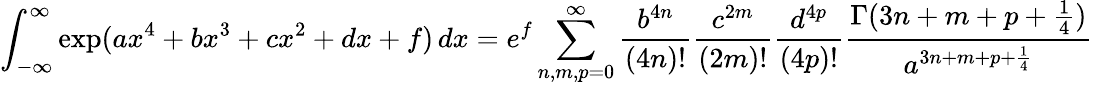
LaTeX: \int_{-\infty}^{\infty}\exp({ax^{4}+bx^{3}+cx^{2}+dx+f})\, dx=e^{f}\sum_{n,m,p=0}^{\infty}{\frac{b^{4n}}{(4n)!}}{\frac{c^{2m}}{(2m)!}}{\frac{d^{4p}}{(4p)!}}{\frac{\Gamma(3n+m+p+{\frac{1}{4}})}{a^{3n+m+p+{\frac{1}{4}}}}}